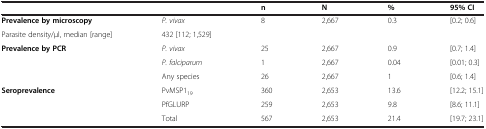
<table><thead><tr><td colspan="2"><b> </b></td><td><b>n</b></td><td><b>N</b></td><td><b>%</b></td><td><b>95% CI</b></td></tr></thead><tbody><tr><td><b>Prevalence by microscopy</b></td><td><i>P. vivax</i></td><td>8</td><td>2,667</td><td rowspan="2">0.3</td><td rowspan="2">[0.2; 0.6]</td></tr><tr><td>Parasite density/μl, median [range]</td><td>432 [112; 1,529]</td><td> </td><td> </td></tr><tr><td><b>Prevalence by PCR</b></td><td><i>P. vivax</i></td><td>25</td><td>2,667</td><td>0.9</td><td>[0.7; 1.4]</td></tr><tr><td> </td><td><i>P. falciparum</i></td><td>1</td><td>2,667</td><td>0.04</td><td>[0.01; 0.3]</td></tr><tr><td> </td><td>Any species</td><td>26</td><td>2,667</td><td>1</td><td>[0.6; 1.4]</td></tr><tr><td><b>Seroprevalence</b></td><td>PvMSP1<sub>19</sub></td><td>360</td><td>2,653</td><td>13.6</td><td>[12.2; 15.1]</td></tr><tr><td> </td><td>PfGLURP</td><td>259</td><td>2,653</td><td>9.8</td><td>[8.6; 11.1]</td></tr><tr><td> </td><td>Total</td><td>567</td><td>2,653</td><td>21.4</td><td>[19.7; 23.1]</td></tr></tbody></table>